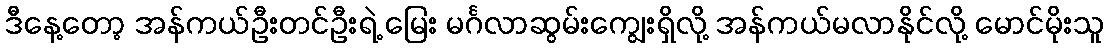
ဒီနေ့တော့ အန်ကယ်ဦးတင်ဦးရဲ့ မြေး မင်္ဂလာဆွမ်းကျွေးရှိလို့ အန်ကယ်မလာနိုင်လို့ မောင်မိုးသူ